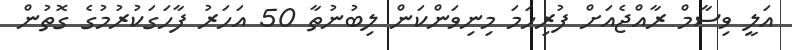
އަލީ ވިސާމް ރާއްޖެއަށް ފުރިހަމަ މިނިވަންކަން ލިބުނުތާ 50 އަހަރު ފާހަގަކުރުމުގެ ގޮތުން